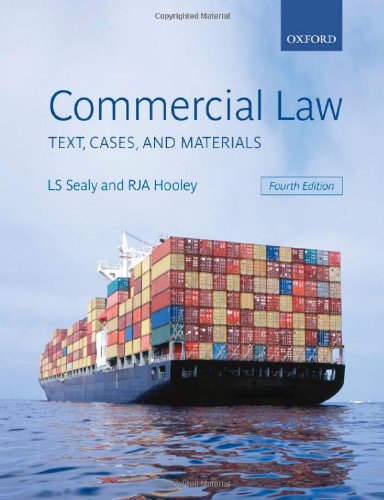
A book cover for Commercial Law: Text, Cases, and Materials; LS Sealy; Law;